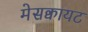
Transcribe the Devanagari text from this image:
मेसक्वायट